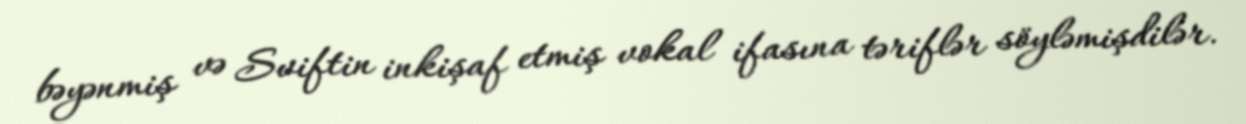
bəyənmiş və Sviftin inkişaf etmiş vokal ifasına təriflər söyləmişdilər.